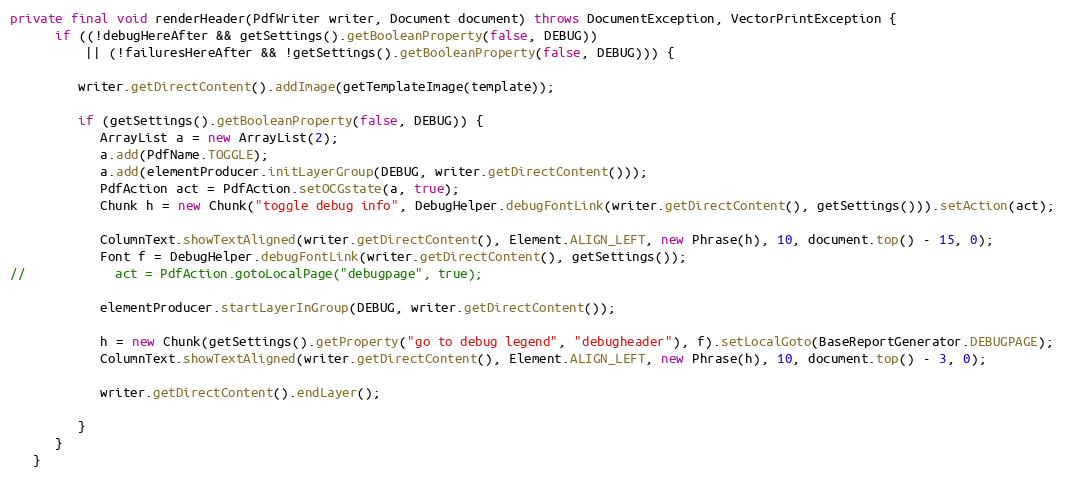
Language: Java
private final void renderHeader(PdfWriter writer, Document document) throws DocumentException, VectorPrintException {
      if ((!debugHereAfter && getSettings().getBooleanProperty(false, DEBUG))
          || (!failuresHereAfter && !getSettings().getBooleanProperty(false, DEBUG))) {

         writer.getDirectContent().addImage(getTemplateImage(template));

         if (getSettings().getBooleanProperty(false, DEBUG)) {
            ArrayList a = new ArrayList(2);
            a.add(PdfName.TOGGLE);
            a.add(elementProducer.initLayerGroup(DEBUG, writer.getDirectContent()));
            PdfAction act = PdfAction.setOCGstate(a, true);
            Chunk h = new Chunk("toggle debug info", DebugHelper.debugFontLink(writer.getDirectContent(), getSettings())).setAction(act);

            ColumnText.showTextAligned(writer.getDirectContent(), Element.ALIGN_LEFT, new Phrase(h), 10, document.top() - 15, 0);
            Font f = DebugHelper.debugFontLink(writer.getDirectContent(), getSettings());
//            act = PdfAction.gotoLocalPage("debugpage", true);

            elementProducer.startLayerInGroup(DEBUG, writer.getDirectContent());

            h = new Chunk(getSettings().getProperty("go to debug legend", "debugheader"), f).setLocalGoto(BaseReportGenerator.DEBUGPAGE);
            ColumnText.showTextAligned(writer.getDirectContent(), Element.ALIGN_LEFT, new Phrase(h), 10, document.top() - 3, 0);

            writer.getDirectContent().endLayer();

         }
      }
   }